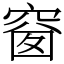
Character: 𥦬